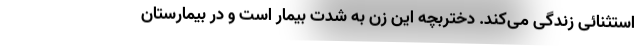
استثنائی زندگی می‌کند. دختربچه این زن به شدت بیمار است و در بیمارستان